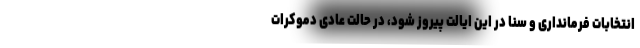
انتخابات فرمانداری و سنا در این ایالت پیروز شود، در حالت عادی دموکرات